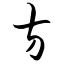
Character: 方